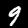
Label: 9